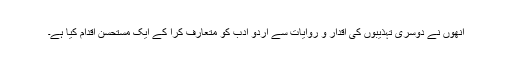
انھوں نے دوسری تہذیبوں کی اقدار و روایات سے اردو ادب کو متعارف کرا کے ایک مستحسن اقدام کیا ہے۔